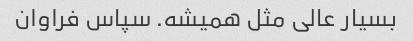
بسیار عالی مثل همیشه. سپاس فراوان